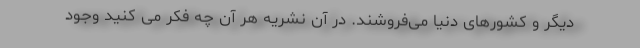
دیگر و کشورهای دنیا می‌فروشند. در آن نشریه هر آن چه فکر می کنید وجود